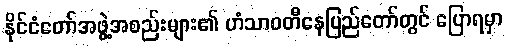
နိုင်ငံတော်အဖွဲ့အစည်းများ၏ ဟံသာဝတီနေပြည်တော်တွင် ပြောရမှာ